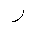
Letter: _ra